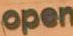
open